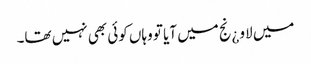
میں لاو ¿نج میں آیا تو وہاں کوئی بھی نہیں تھا۔